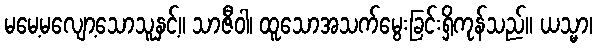
မမေ့မလျော့သောသူနှင့်။ သာဇီဝါ၊ ထူသောအသက်မွေးခြင်းရှိကုန်သည်။ ယသ္မာ၊